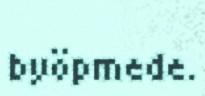
byöpmede.